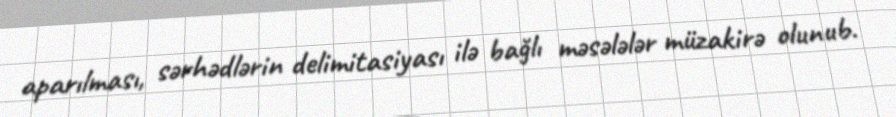
aparılması, sərhədlərin delimitasiyası ilə bağlı məsələlər müzakirə olunub.